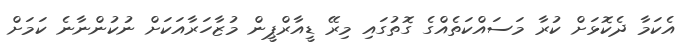
އެކަމާ ދެކޮޅަށް ކުރާ މަސައްކަތެއްގެ ގޮތުގައި މިރޭ ޑީއާރްޕީން މުޒާހަރާއަކަށް ނުކުންނާނެ ކަމަށް